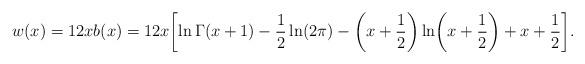
LaTeX: \begin{align*}w(x) =12xb(x)=12x\biggl[\ln\Gamma(x+1)-\frac12\ln(2\pi) -\biggl(x+\frac12\biggr)\ln\biggl(x+\frac1{2}\biggr)+x +\frac12\biggr].\end{align*}